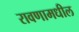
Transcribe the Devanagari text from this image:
रावणामधील